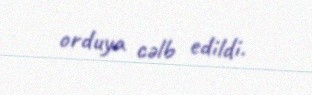
orduya cəlb edildi.